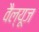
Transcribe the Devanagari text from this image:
वैल्यूज